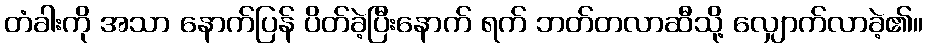
တံခါးကို အသာ နောက်ပြန် ပိတ်ခဲ့ပြီးနောက် ရက် ဘတ်တလာဆီသို့ လျှောက်လာခဲ့၏။